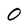
Character: O